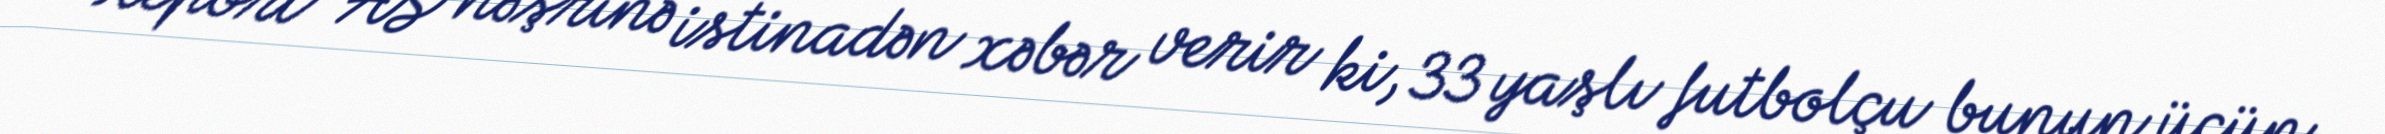
Report" AS nəşrinə istinadən xəbər verir ki, 33 yaşlı futbolçu bunun üçün